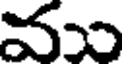
వు